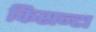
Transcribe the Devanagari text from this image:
किसन्टा